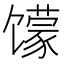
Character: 𱄈